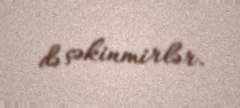
də çəkinmirlər.